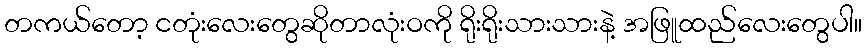
တကယ်တော့ ငတုံးလေးတွေဆိုတာလုံးဝကို ရိုးရိုးသားသားနဲ့ အဖြူထည်လေးတွေပါ။